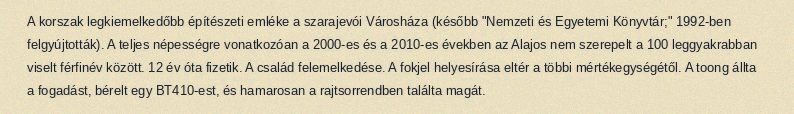
A korszak legkiemelkedőbb építészeti emléke a szarajevói Városháza (később "Nemzeti és Egyetemi Könyvtár;" 1992-ben felgyújtották). A teljes népességre vonatkozóan a 2000-es és a 2010-es években az Alajos nem szerepelt a 100 leggyakrabban viselt férfinév között. 12 év óta fizetik. A család felemelkedése. A fokjel helyesírása eltér a többi mértékegységétől. A toong állta a fogadást, bérelt egy BT410-est, és hamarosan a rajtsorrendben találta magát.